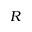
R